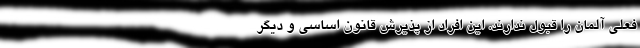
فعلی آلمان را قبول ندارند. این افراد از پذیرش قانون اساسی و دیگر